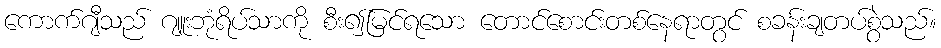
ကောက်ဂျီသည် ဂျူးဘုံရိပ်သာကို စီး၍မြင်ရသော တောင်စောင်းတစ်နေရာတွင် စခန်းချတပ်စွဲသည်။